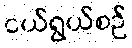
ငယ်ရွယ်စဉ်